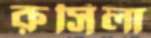
রুসিলা